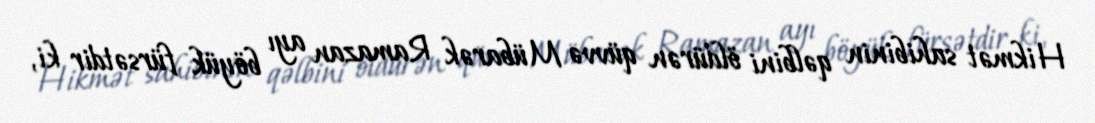
Hikmət sahibinin qəlbini öldürən qüvvə Mübarək Ramazan ayı böyük fürsətdir ki,